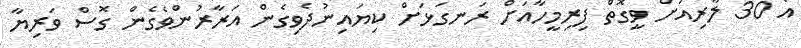
އެ 30 ލާރިއަށް ވީގޮތް ފިރިމީހާއަށް ރަނގަޅަށް ކިޔައިނުދެވިގެން އަރާރުންވެގެން ގޮސް ވަރިޔާ